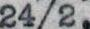
24/2,